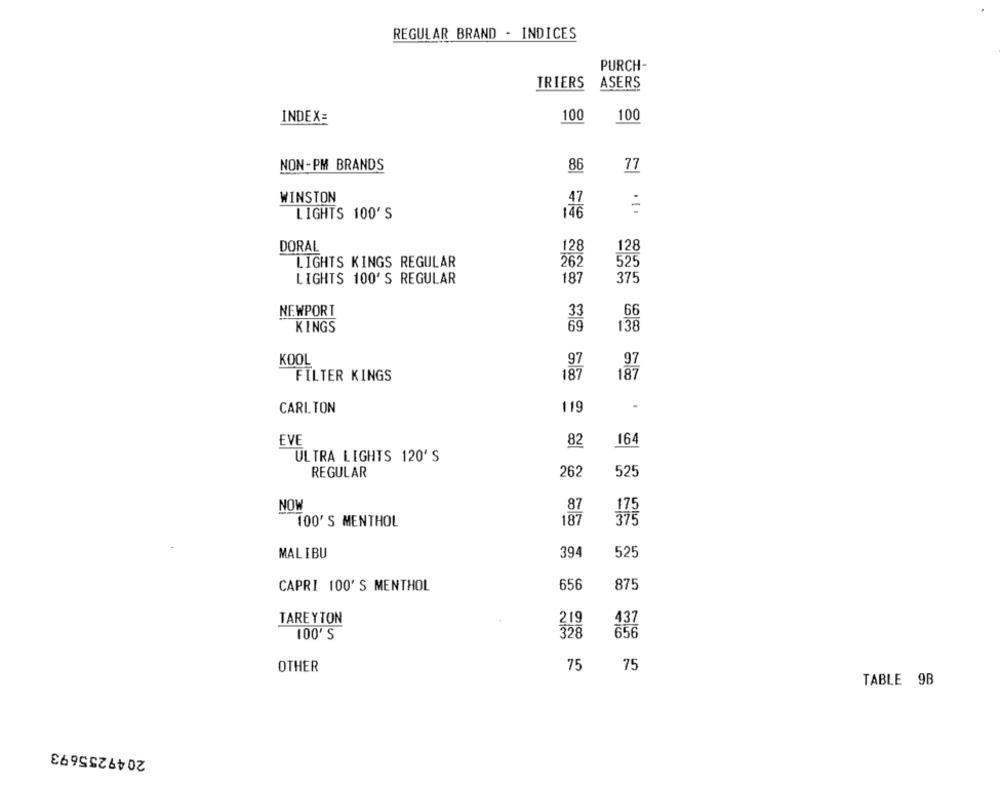
REGULAR BRAND - INDICES
PURCH-
TRIERS
ASERS
100
100
INDEX=
NON-PM BRANDS
86
77
WINSTON
LIGHTS 100'S
DORAL
128
128
LIGHTS KINGS REGULAR
262
525
LIGHTS 100'S REGULAR
187
375
NEWPORT
33
66
KINGS
69
138
KOOL
97
97
FILTER KINGS
187
187
CARLTON
119
EVE
164
82
ULTRA LIGHTS 120'S
525
REGULAR
262
MON
87
100'S MENTHOL
187
375
MALIBU
394
525
CAPRI 100' S MENTHOL
656
875
TAREYTON
219
437
100'S
328
75
75
OTHER
TABLE 9B
2049255693